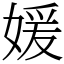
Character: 媛